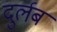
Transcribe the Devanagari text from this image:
दुर्लब